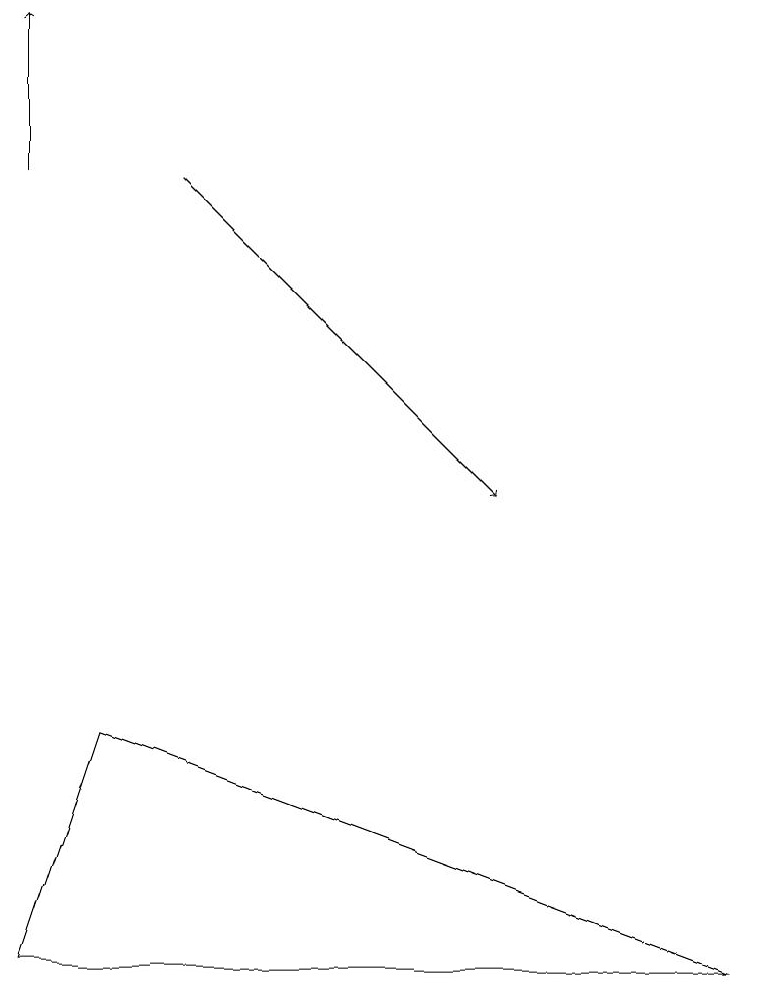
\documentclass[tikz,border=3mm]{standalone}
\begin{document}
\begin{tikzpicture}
\draw[->] (0,14) -- (0,16);
\draw (1,7) -- (0,4) -- (9,4) -- cycle;
\draw[->] (2,14) -- (6,10);
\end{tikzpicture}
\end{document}